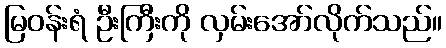
မြဝန်းရံ ဦးကြီးကို လှမ်းအော်လိုက်သည်။